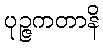
ပုဉ္ဇကတာနိ